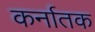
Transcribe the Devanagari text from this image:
कर्नातक